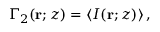
\begin{array} { r } { \Gamma _ { 2 } ( \mathbf { r } ; z ) = \left\langle I ( \mathbf { r } ; z ) \right\rangle , } \end{array}